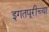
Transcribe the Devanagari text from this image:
इगतपूरीच्या